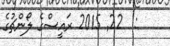
:  22